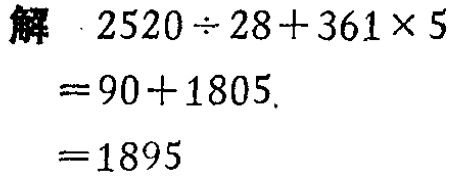
解 \(2520\div28 + 361\times5\)

\(= 90 + 1805\)

\(= 1895\)